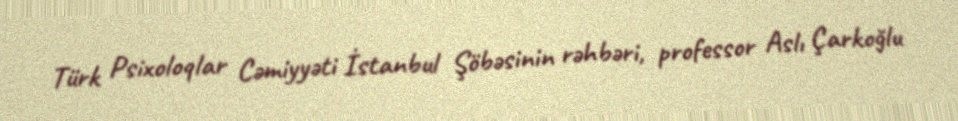
Türk Psixoloqlar Cəmiyyəti İstanbul Şöbəsinin rəhbəri, professor Aslı Çarkoğlu